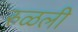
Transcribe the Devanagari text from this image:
रुळली